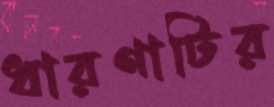
ধারণাটির